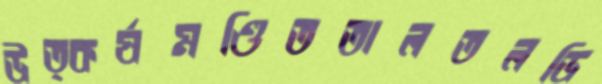
উত্কর্ষমণ্ডিততালতলডি